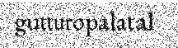
gutturopalatal